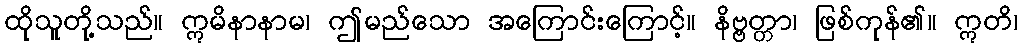
ထိုသူတို့သည်။ ဣမိနာနာမ၊ ဤမည်သော အကြောင်းကြောင့်။ နိဗ္ဗတ္တာ၊ ဖြစ်ကုန်၏။ ဣတိ၊